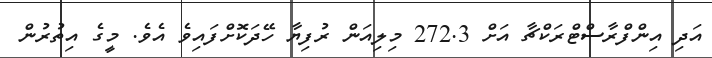
އަދި އިންފްރާސްޓްރަކްޗާ އަށް 272.3 މިލިއަން ރުފިޔާ ހޭދަކޮށްފައިވެ އެވެ. މީގެ އިތުރުން